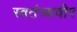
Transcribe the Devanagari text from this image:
स्वतंत्र्यवीर